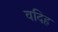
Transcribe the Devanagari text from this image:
वदिह